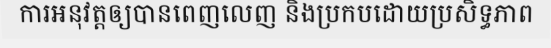
ការអនុវត្តឲ្យបានពេញលេញ និងប្រកបដោយប្រសិទ្ធភាព